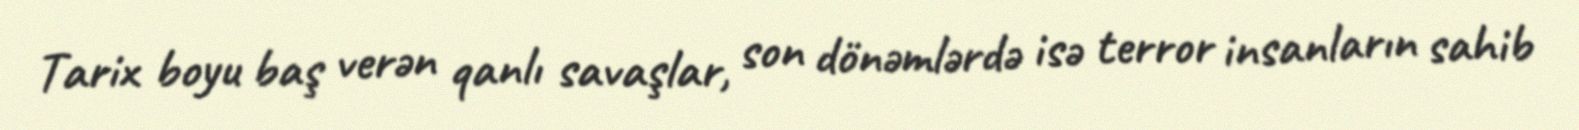
Tarix boyu baş verən qanlı savaşlar, son dönəmlərdə isə terror insanların sahib